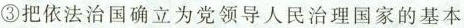
③把依法治国确立为党领导人民治理国家的基本